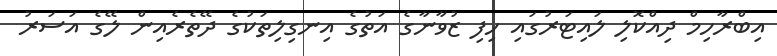
އިބްރާހިމް ދިއްކޮލި ލައިޓަރުގައި ހިފި ޒުވާނާގެ އަތުގެ އިނގިލިތަކުގެ ދޭތެރެއިން ލޭގެ އަސަރު